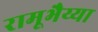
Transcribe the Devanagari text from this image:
रामूभैय्या